Indian journal of veterinary science and animal husbandry - Volume 11,
Year: 1941
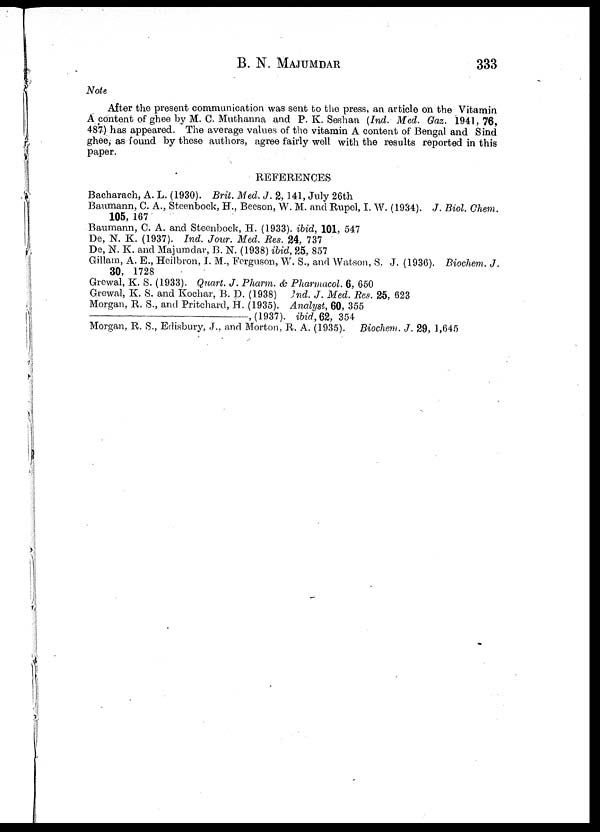
B. N.
MAJUMDAR
333
Note
After the present communication was sent to the press, an article on the Vitamin
A content of ghee by M. C. Muthanna and P. K. Seshan (Ind. Med. Gaz. 1941, 76,
487) has appeared. The average values of the vitamin A content of Bengal and Sind
ghee, as found by these authors, agree fairly well with the results reported in this
paper.
REFERENCES
Bacharach, A. L. (1930). Brit. Med. J. 2, 141, July 26th
Baumann, C. A., Steenbock, H., Beeson, W. M. and Rupel, I. W. (1934). J. Biol. Chem.
105, 167
Baumann, C. A. and Steenbock, H. (1933). ibid, 101, 547
De, N. K. (1937). Ind. Jour. Med. Res. 24, 737
De, N. K. and Majumdar, B. N. (1938) ibid, 25, 857
Gillam, A. E., Heilbron, I. M., Ferguson, W. S., and Watson, S. J. (1936). Biochem. J.
30, 1728
Grewal, K. S. (1933). Quart. J. Pharm. & Pharmacol. 6, 650
Grewal, K. S. and Kochar, B. D. (1938) Ind. J. Med. Res. 25, 623
Morgan, R. S., and Pritchard, H. (1935). Analyst, 60, 355
—,
(1937). ibid, 62, 354
Morgan, R. S., Edisbury, J., and Morton, R. A. (1935). Biochem. J. 29, 1,645